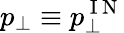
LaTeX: p_{\perp}\equiv p_{\perp}^{\mathrm{~I~N~}}